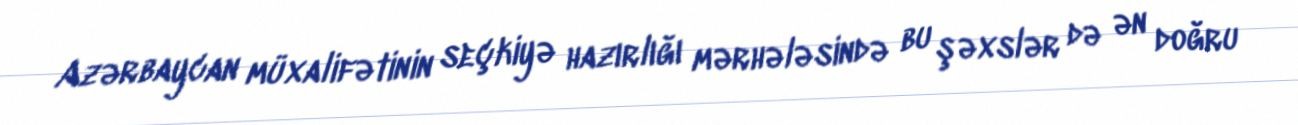
Azərbaycan müxalifətinin seçkiyə hazırlığı mərhələsində bu şəxslər də ən doğru